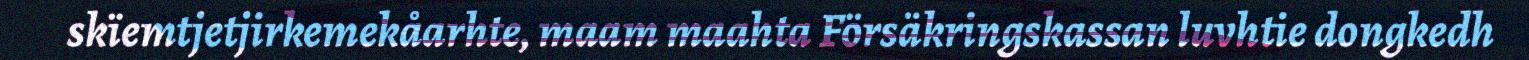
skïemtjetjirkemekåarhte, maam maahta Försäkringskassan luvhtie dongkedh